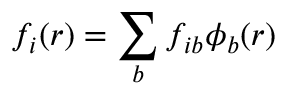
f _ { i } ( r ) = \sum _ { b } f _ { i b } \phi _ { b } ( r )